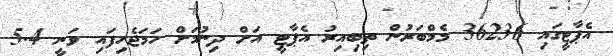
އެޕާޓީގައި 36236 މެމްބަރުން ތިބިއިރު އެޕާޓީ އަށް ދިނުމަށް ހަމަޖެހިފައި ވަނީ 5.4